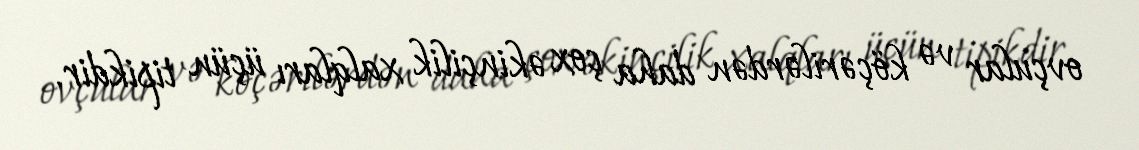
ovçular və köçərilərdən daha çox əkinçilik xalqları üçün tipikdir.